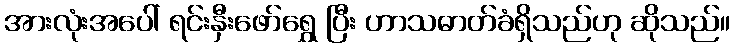
အားလုံးအပေါ် ရင်းနှီးဖော်ရွှေ ပြီး ဟာသဓာတ်ခံရှိသည်ဟု ဆိုသည်။